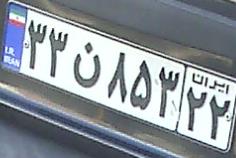
۳۳ن۸۵۳۲۲